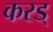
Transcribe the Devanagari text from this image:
करड्